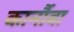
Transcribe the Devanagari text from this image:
कार्नौबा